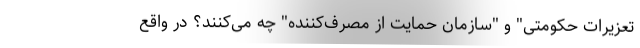
تعزیرات حکومتی" و "سازمان حمایت از مصرف‌کننده" چه می‌کنند؟ در واقع